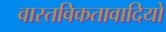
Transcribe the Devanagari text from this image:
वास्तविकतावादियों